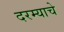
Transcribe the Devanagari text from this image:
दरम्याचे